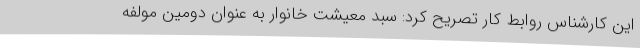
این کارشناس روابط کار تصریح کرد: سبد معیشت خانوار به عنوان دومین مولفه